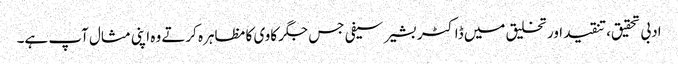
ادبی تحقیق،تنقید اور تخلیق میں ڈاکٹر بشیر سیفی جس جگر کاوی کا مظاہرہ کرتے وہ اپنی مثال آپ ہے۔